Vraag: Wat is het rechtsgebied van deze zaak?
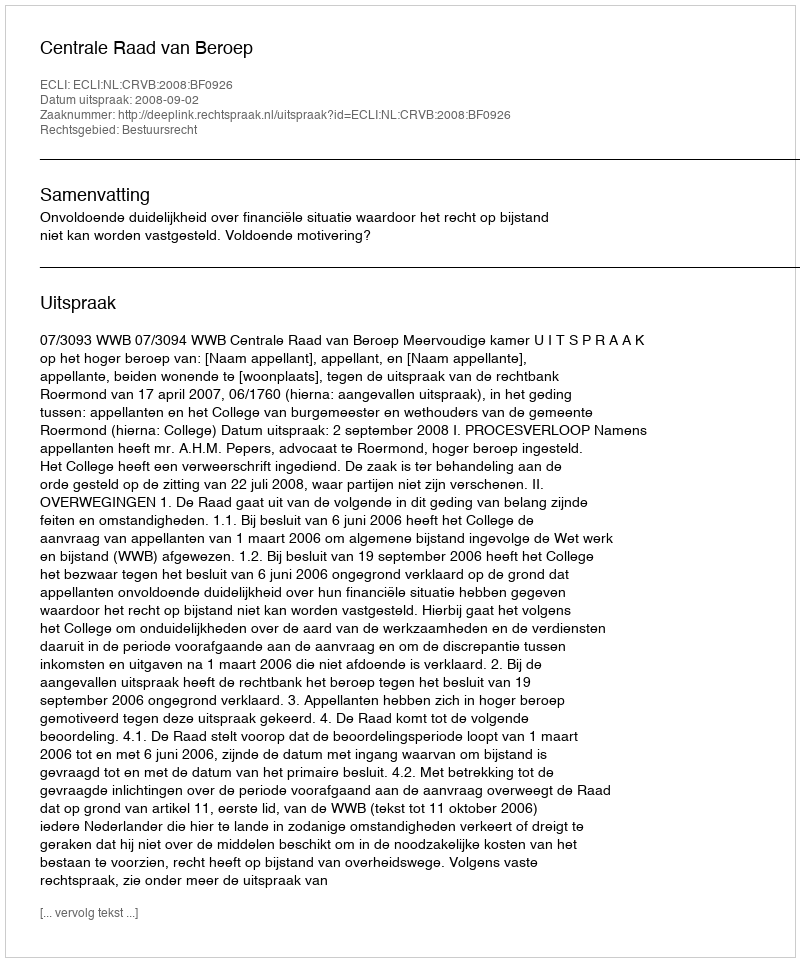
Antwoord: Bestuursrecht